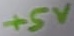
Text: +5V